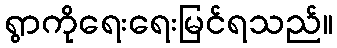
ရွာကိုရေးရေးမြင်ရသည်။